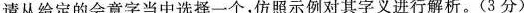
请从给定的会意字当中选择一个，仿照示例对其字义进行解析。(3分)